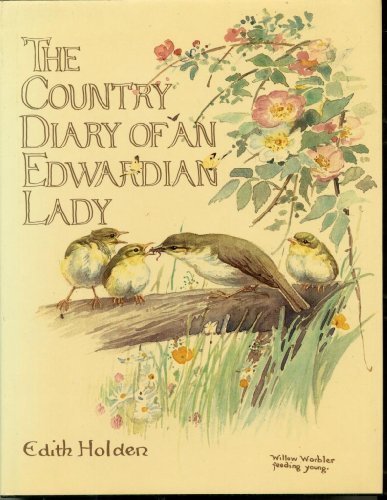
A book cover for The Country Diary of An Edwardian Lady: A facsimile reproduction of a 1906 naturalist's diary; Edith Holden; Crafts, Hobbies & Home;